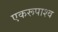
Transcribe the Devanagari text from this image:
एकरूपाश्व